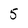
Character: 5